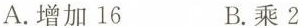
A.增加16 B.乘2